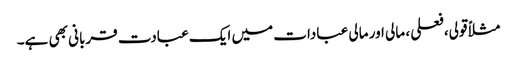
مثلاً قولی،فعلی ، مالی اور مالی عبادات میں ایک عبادت قربانی بھی ہے۔